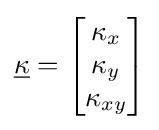
{\underline {\kappa }}={\begin{bmatrix}\kappa _{x}\\\kappa _{y}\\\kappa _{xy}\end{bmatrix}}